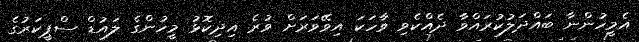
އެމީހުންނާ ބައްދަލުކުރައްވާ ދެއްކެވި ވާހަކަ އިވޭވަރަށް ވުރެ އިދިކޮޅު މީހުންގެ ލައުޑް ސްޕީކަރުގެ